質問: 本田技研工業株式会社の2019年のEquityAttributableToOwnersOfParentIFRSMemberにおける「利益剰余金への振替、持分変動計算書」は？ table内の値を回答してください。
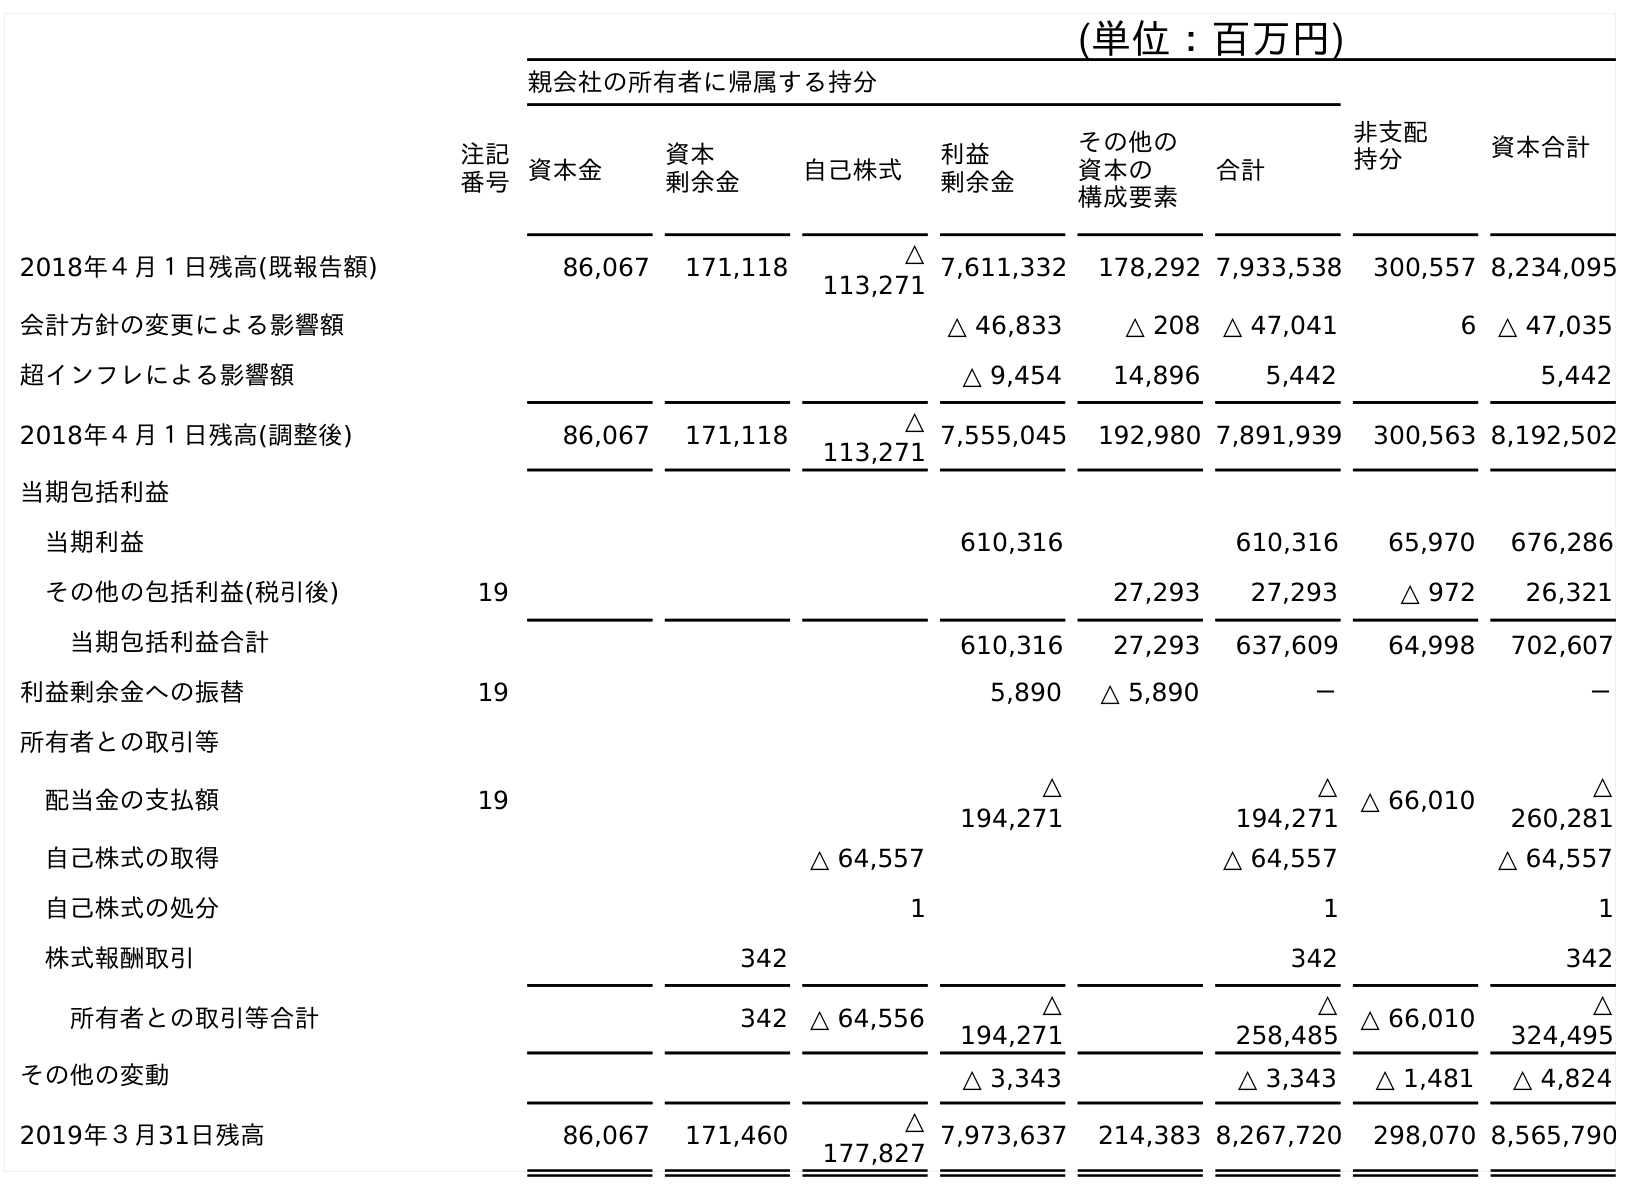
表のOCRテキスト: (単位：百万円) 親会社の所有者に帰属する持分 非支配 持分 資本合計 注記 番号資本金 資本 剰余金 自己株式 利益 剰余金 その他の 資本の 構成要素 合計 2018年４月１日残高(既報告額) 86,067 171,118 △ 113,271 7,611,332 178,292 7,933,538 300,557 8,234,095 会計方針の変更による影響額 △ 46,833 △ 208 △ 47,041 6 △ 47,035 超インフレによる影響額 △ 9,454 14,896 5,442 5,442 2018年４月１日残高(調整後) 86,067 171,118 △ 113,271 7,555,045 192,980 7,891,939 300,563 8,192,502 当期包括利益 当期利益 610,316 610,316 65,970 676,286 その他の包括利益(税引後) 19 27,293 27,293 △ 972 26,321 当期包括利益合計 610,316 27,293 637,609 64,998 702,607 利益剰余金への振替 19 5,890 △ 5,890 － － 所有者との取引等 配当金の支払額 19 △ 194,271 △ 194,271 △ 66,010 △ 260,281 自己株式の取得 △ 64,557 △ 64,557 △ 64,557 自己株式の処分 1 1 1 株式報酬取引 342 342 342 所有者との取引等合計 342 △ 64,556 △ 194,271 △ 258,485 △ 66,010 △ 324,495 その他の変動 △ 3,343 △ 3,343 △ 1,481 △ 4,824 2019年３月31日残高 86,067 171,460 △ 177,827 7,973,637 214,383 8,267,720 298,070 8,565,790
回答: －